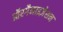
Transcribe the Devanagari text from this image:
ऑरगैनाइज़ेशन